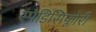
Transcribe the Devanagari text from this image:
स्पैडिसिफ्लोरी